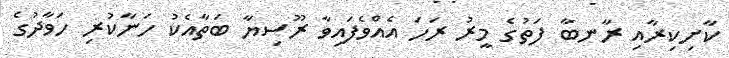
ކާށިކިރާއި ރާނބާ ފަތުގެ މީރު ރަހަ އެއްވެފައިވާ ރޫސިޔާ ބަތާއެކު ހަނާކުރި ހަވާދުގެ